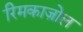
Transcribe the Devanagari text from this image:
रिमकाज़ोल